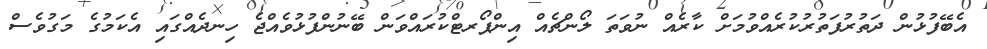
އެބޭފުޅުން ދަތުރުފަތުރުކުރެއްވުމަށް ކާރެއް ނުވަތަ ލޯންޗެއް އިންޕޯރޓްކުރައްވަން ބޭނުންފުޅުވެއްޖެ ހިނދެއްގައި އެކަމުގެ މަގުވެސް